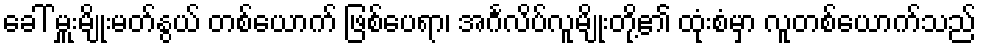
ခေါ် မှူးမျိုးမတ်နွယ် တစ်ယောက် ဖြစ်ပေရာ၊ အင်္ဂလိပ်လူမျိုးတို့၏ ထုံးစံမှာ လူတစ်ယောက်သည်